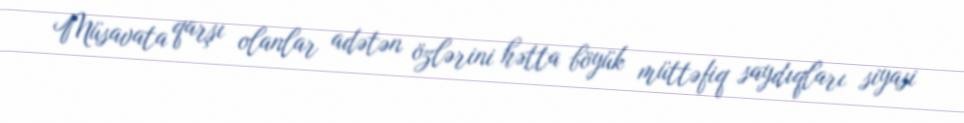
Müsavata qarşı olanlar adətən özlərini hətta böyük müttəfiq saydıqları siyasi